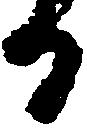
日